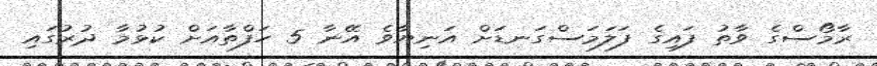
ރާމޯސްގެ ވާތު ފައިގެ ފަލަމަސްގަނޑަށް އަނިޔާވެ އޭނާ 5 ހަފްތާއަށް ކުޅުމާ ދުރުގައި